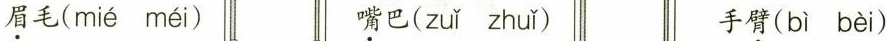
\underset{·}{眉}毛( mié méi \underset{·}{嘴} 巴( zuǐ zhuǐ ) 手\underset{·}{臂}( bì bèi )